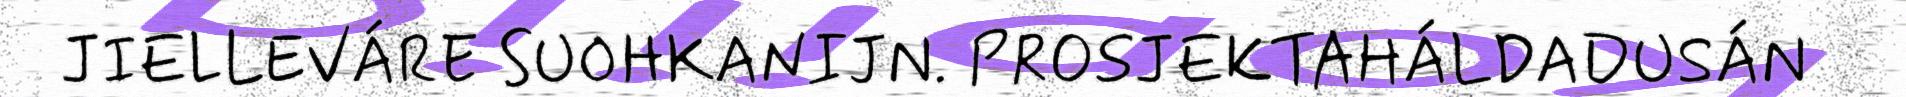
JIELLEVÁRE SUOHKANIJN. PROSJEKTAHÁLDADUSÁN